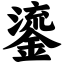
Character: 鎏